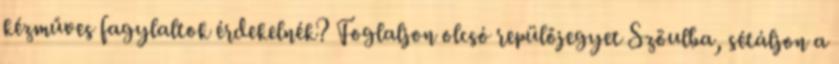
kézműves fagylaltok érdekelnék? Foglaljon olcsó repülőjegyet Szöulba, sétáljon a